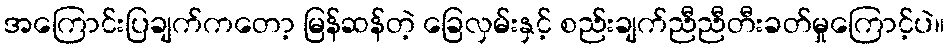
အကြောင်းပြချက်ကတော့ မြန်ဆန်တဲ့ ခြေလှမ်းနှင့် စည်းချက်ညီညီတီးခတ်မှုကြောင့်ပဲ။